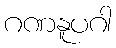
ဂဏနူပဂါ